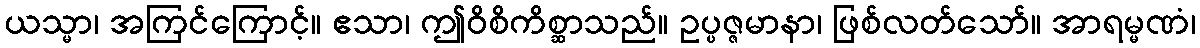
ယသ္မာ၊ အကြင်ကြောင့်။ ဧသာ၊ ဤဝိစိကိစ္ဆာသည်။ ဥပ္ပဇ္ဇမာနာ၊ ဖြစ်လတ်သော်။ အာရမ္မဏံ၊